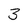
Character: 3